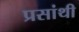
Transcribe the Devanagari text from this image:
प्रसांथी